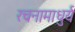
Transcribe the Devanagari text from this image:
रचनामाधुर्य